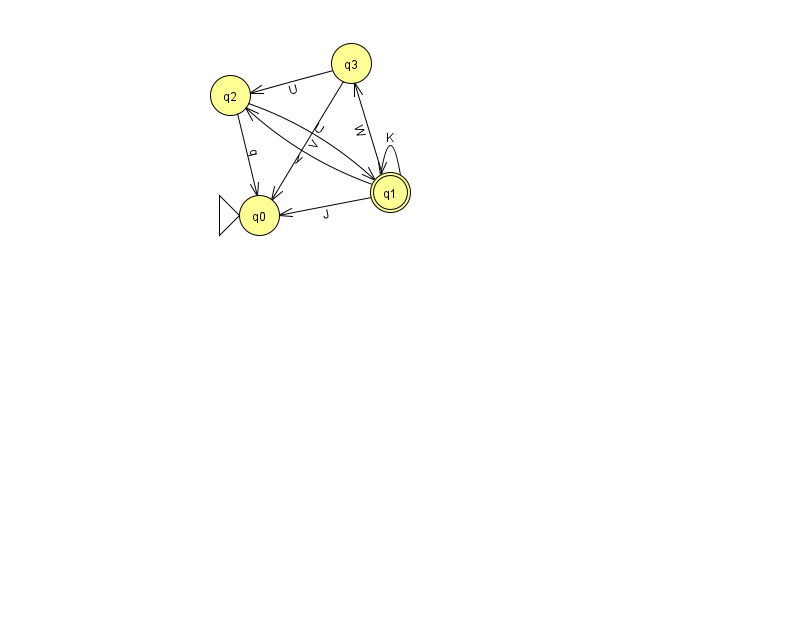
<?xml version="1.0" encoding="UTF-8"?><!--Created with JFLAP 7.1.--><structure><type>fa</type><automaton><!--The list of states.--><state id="0" name="q0"><x>259.0</x><y>202.0</y><initial/></state><state id="1" name="q1"><x>390.0</x><y>179.0</y><final/></state><state id="2" name="q2"><x>230.0</x><y>82.0</y></state><state id="3" name="q3"><x>351.0</x><y>50.0</y></state><!--The list of transitions.--><transition><from>2</from><to>0</to><read>q</read></transition><transition><from>1</from><to>2</to><read>y</read></transition><transition><from>1</from><to>3</to><read>W</read></transition><transition><from>1</from><to>0</to><read>J</read></transition><transition><from>3</from><to>2</to><read>U</read></transition><transition><from>2</from><to>1</to><read>U</read></transition><transition><from>3</from><to>0</to><read>V</read></transition><transition><from>1</from><to>1</to><read>K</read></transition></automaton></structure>